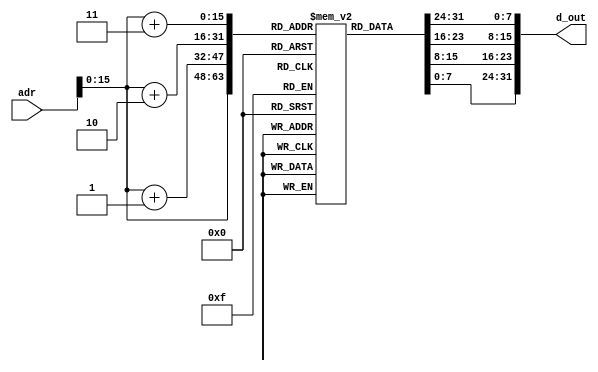

module instmem_j (adr, d_out);
  input [31:0] adr;
  output [31:0] d_out;
  
  reg [7:0] mem[0:65535];
  
  initial
  begin
    {mem[3], mem[2], mem[1], mem[0]}     = {6'h09, 5'd0, 5'd1, 16'd16};      //addi R1, R0, 3
    {mem[7], mem[6], mem[5], mem[4]}     = {6'h09, 5'd0, 5'd2, 16'd6};       //addi R2, R0, 6
    {mem[11], mem[10], mem[9], mem[8]}   = {6'h09, 5'd0, 5'd2, 16'd5};       //addi R2, R0, 5
    {mem[15], mem[14], mem[13], mem[12]} = {6'b000010,  26'd6};              //J mem[24] 
    {mem[19], mem[18], mem[17], mem[16]} = {6'h09, 5'd0, 5'd2, 16'd7};       //addi R2, R0, 7  //ignore
    {mem[23], mem[22], mem[21], mem[20]} = {6'h09, 5'd0, 5'd2, 16'd8};       //addi R2, R0, 8 //ignore
    {mem[27], mem[26], mem[25], mem[24]} = {6'h09, 5'd0, 5'd2, 16'd9};       //addi R2, R0, 9 //jump here
    {mem[31], mem[30], mem[29], mem[28]} = {6'h09, 5'd0, 5'd2, 16'd10};      //addi R2, R0, 10
    {mem[35], mem[34], mem[33], mem[32]} = {6'h2B, 5'd0, 5'd2, 16'd2000};    //SW R2, 2000(R0)
  end
  
  assign d_out = {mem[adr[15:0]+3], mem[adr[15:0]+2], mem[adr[15:0]+1], mem[adr[15:0]]};
  
endmodule